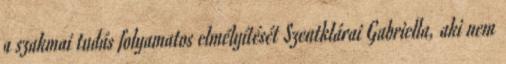
a szakmai tudás folyamatos elmélyítését Szentklárai Gabriella, aki nem